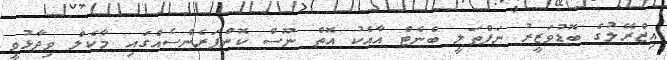
އިޒްރޭލުގެ ބޮޑުވަޒީރު ނަފްތަލީ ބެނެޓް އާއެކު އޮތް ނޫސް ކޮންފަރެންސެއްގައި މާކެލް ވިދާޅުވީ